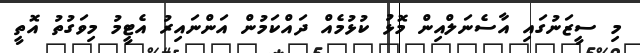
މި ސީޒަނުގައި އާސެނަލްއިން މޮޅު ކުޅުމެއް ދައްކަމުން އަންނައިރު އެޓީމު މިވަގުތު އޮތީ